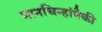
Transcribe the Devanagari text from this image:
मानचिन्हांपैकी